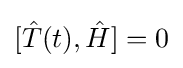
[{\hat {T}}(t),{\hat {H}}]=0